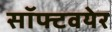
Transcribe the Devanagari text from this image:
सॉफ्टवयेर